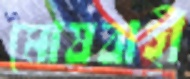
মোষবাহী